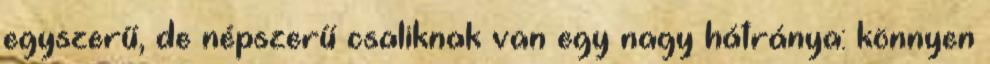
egyszerű, de népszerű csaliknak van egy nagy hátránya: könnyen